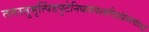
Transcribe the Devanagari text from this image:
ततस्तुमृत्पिंडपुटेनिधायपश्यन्दिशंप्रेतगणोपरुढां